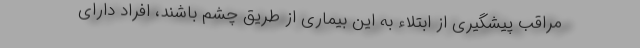
مراقب پیشگیری از ابتلاء به این بیماری از طریق چشم باشند، افراد دارای